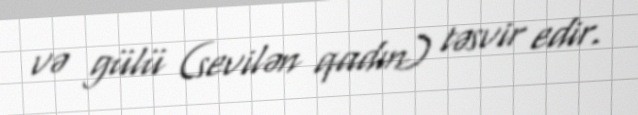
və gülü (sevilən qadın) təsvir edir.